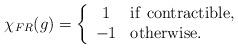
LaTeX: \begin{align*}\chi_{FR}(g) = \left\{\begin{array}{cl}1 & {\rm if\ } {\rm contractible}, \\-1& {\rm otherwise}.\end{array}\right.\end{align*}